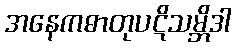
အနေကဓာတုပဋိသမ္ဘိဒါ